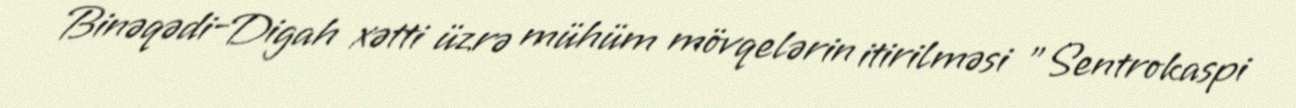
Binəqədi-Digah xətti üzrə mühüm mövqelərin itirilməsi "Sentrokaspi